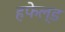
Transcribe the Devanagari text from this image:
हफेल्ड